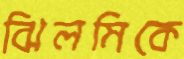
ঝিলমিকে